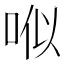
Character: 𠳎